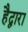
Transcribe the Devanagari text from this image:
हैद्वारा